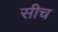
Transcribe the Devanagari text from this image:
सीच